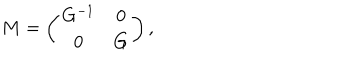
M = \left( \begin{array} { c c } { { G ^ { - 1 } } } & { { 0 } } \\ { { 0 } } & { { G } } \\ \end{array} \right) ,